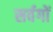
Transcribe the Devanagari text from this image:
सर्वगों